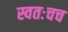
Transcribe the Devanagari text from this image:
स्वतःचच